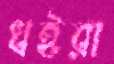
ধইরা